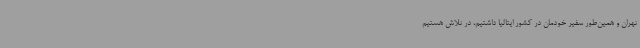
تهران و همین‌طور سفیر خودمان در کشور ایتالیا داشتیم، در تلاش هستیم